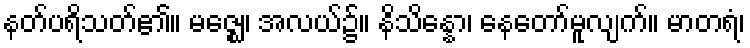
နတ်ပရိသတ်၏။ မဇ္ဈေ၊ အလယ်၌။ နိသိန္နော၊ နေတော်မူလျက်။ မာတရံ၊